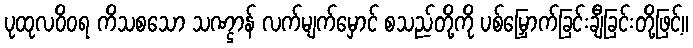
ပုထုလဝိဝရ ကိသစသော သဏ္ဌာန် လက်မျက်မှောင် စသည်တို့ကို ပစ်မြှောက်ခြင်းချီခြင်းတို့ဖြင့်။